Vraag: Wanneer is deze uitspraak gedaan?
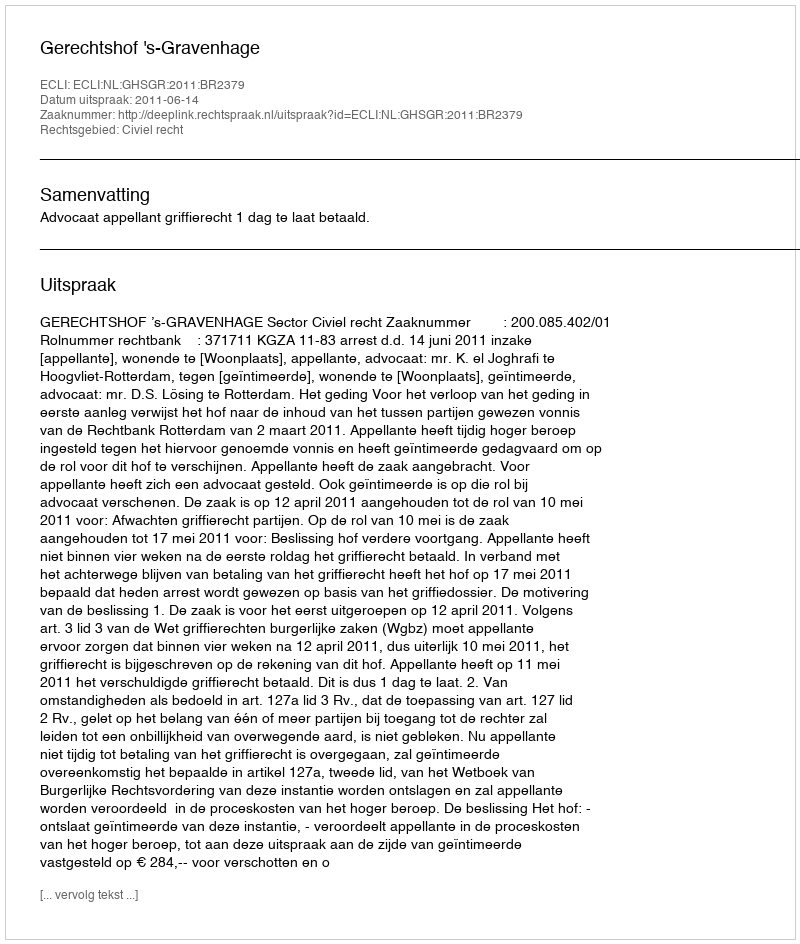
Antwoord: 2011-06-14